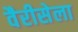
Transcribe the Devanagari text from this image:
वैरीसेला